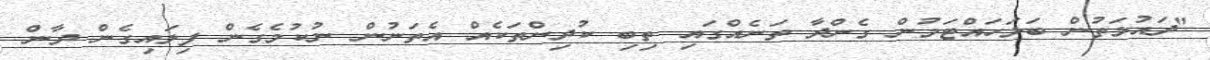
"ދައުލަތުން ބަލަހައްޓަމުން ގެންދާ ތަނެއްގައި ތިބި ކުދިންތަކެއް އެތަނުން ނުކުމެގެން ފިލައިގެން ދާން